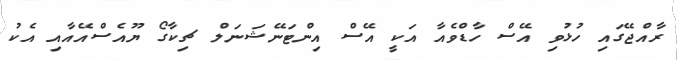
ރާއްޖޭގައި ހުޅުވި އޭސް ހާޑްވެއާ އަކީ އޭސް އިންޓަނޭޝަނަލް ޗިކާގޯ ޔޫއެސްއޭއާއި އެކު